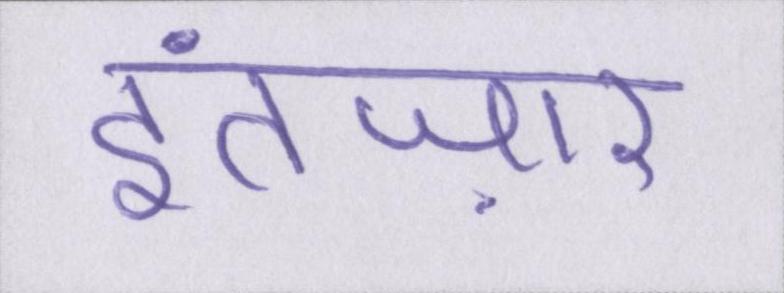
इंतज़ार